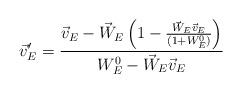
LaTeX: \begin{align*}\vec{v}'_E = \frac{\vec{v}_E - \vec{W}_E \left(1 - \frac{\vec{W}_E \vec{v}_E}{(1 + W^0_E)}\right)}{W^0_E - \vec{W}_E \vec{v}_E}\end{align*}